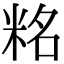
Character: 䊅